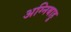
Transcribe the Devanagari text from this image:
अग्निबाहु